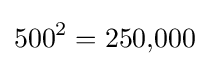
500^{2}=250{,}000